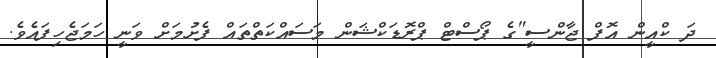
ދަ ކްއީން އޮފް ޖާންސީ"ގެ ޕޯސްޓް ޕްރޮޑަކްޝަން މަސައްކަތްތައް ފެށުމަށް ވަނީ ހަމަޖެހިފައެވެ.